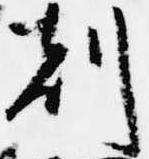
刻